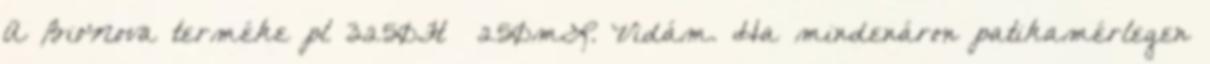
A BioNova terméke pl 3250Ft 250mL. Vidám. Ha mindenáron patikamérlegen